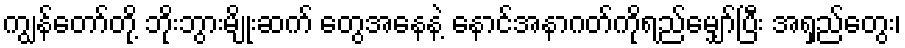
ကျွန်တော်တို့ ဘိုးဘွားမျိုးဆက် တွေအနေနဲ့ နောင်အနာဂတ်ကိုရည်မျှော်ပြီး အရှည်တွေး၊